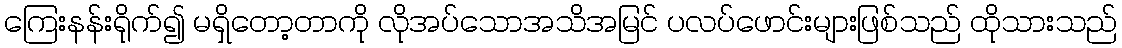
ကြေးနန်းရိုက်၍ မရှိတော့တာကို လိုအပ်သောအသိအမြင် ပလပ်ဖောင်းများဖြစ်သည် ထိုသားသည်